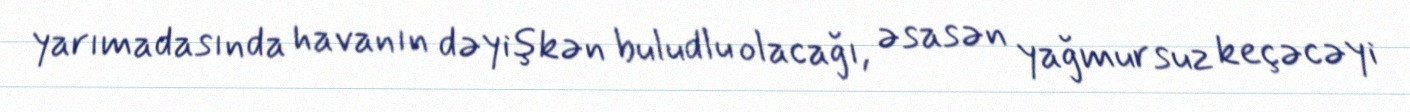
yarımadasında havanın dəyişkən buludlu olacağı, əsasən yağmursuz keçəcəyi